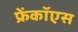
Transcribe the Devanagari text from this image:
फ्रेंकॉएस